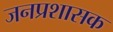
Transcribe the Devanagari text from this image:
जनप्रशासक